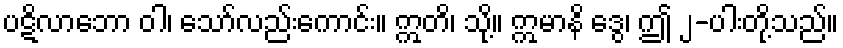
ပဋိလာဘော ဝါ၊ သော်လည်းကောင်း။ ဣတိ၊ သို့။ ဣမာနိ ဒွေ၊ ဤ ၂-ပါးတို့သည်။